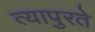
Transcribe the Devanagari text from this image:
त्यापुरते